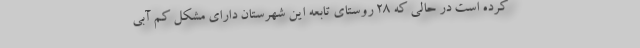
کرده است در حالی که ۲۸ روستای تابعه این شهرستان دارای مشکل کم آبی